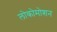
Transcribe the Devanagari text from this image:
लोकोमोशन